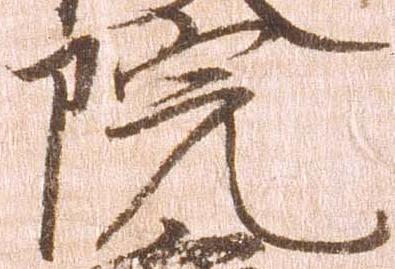
院